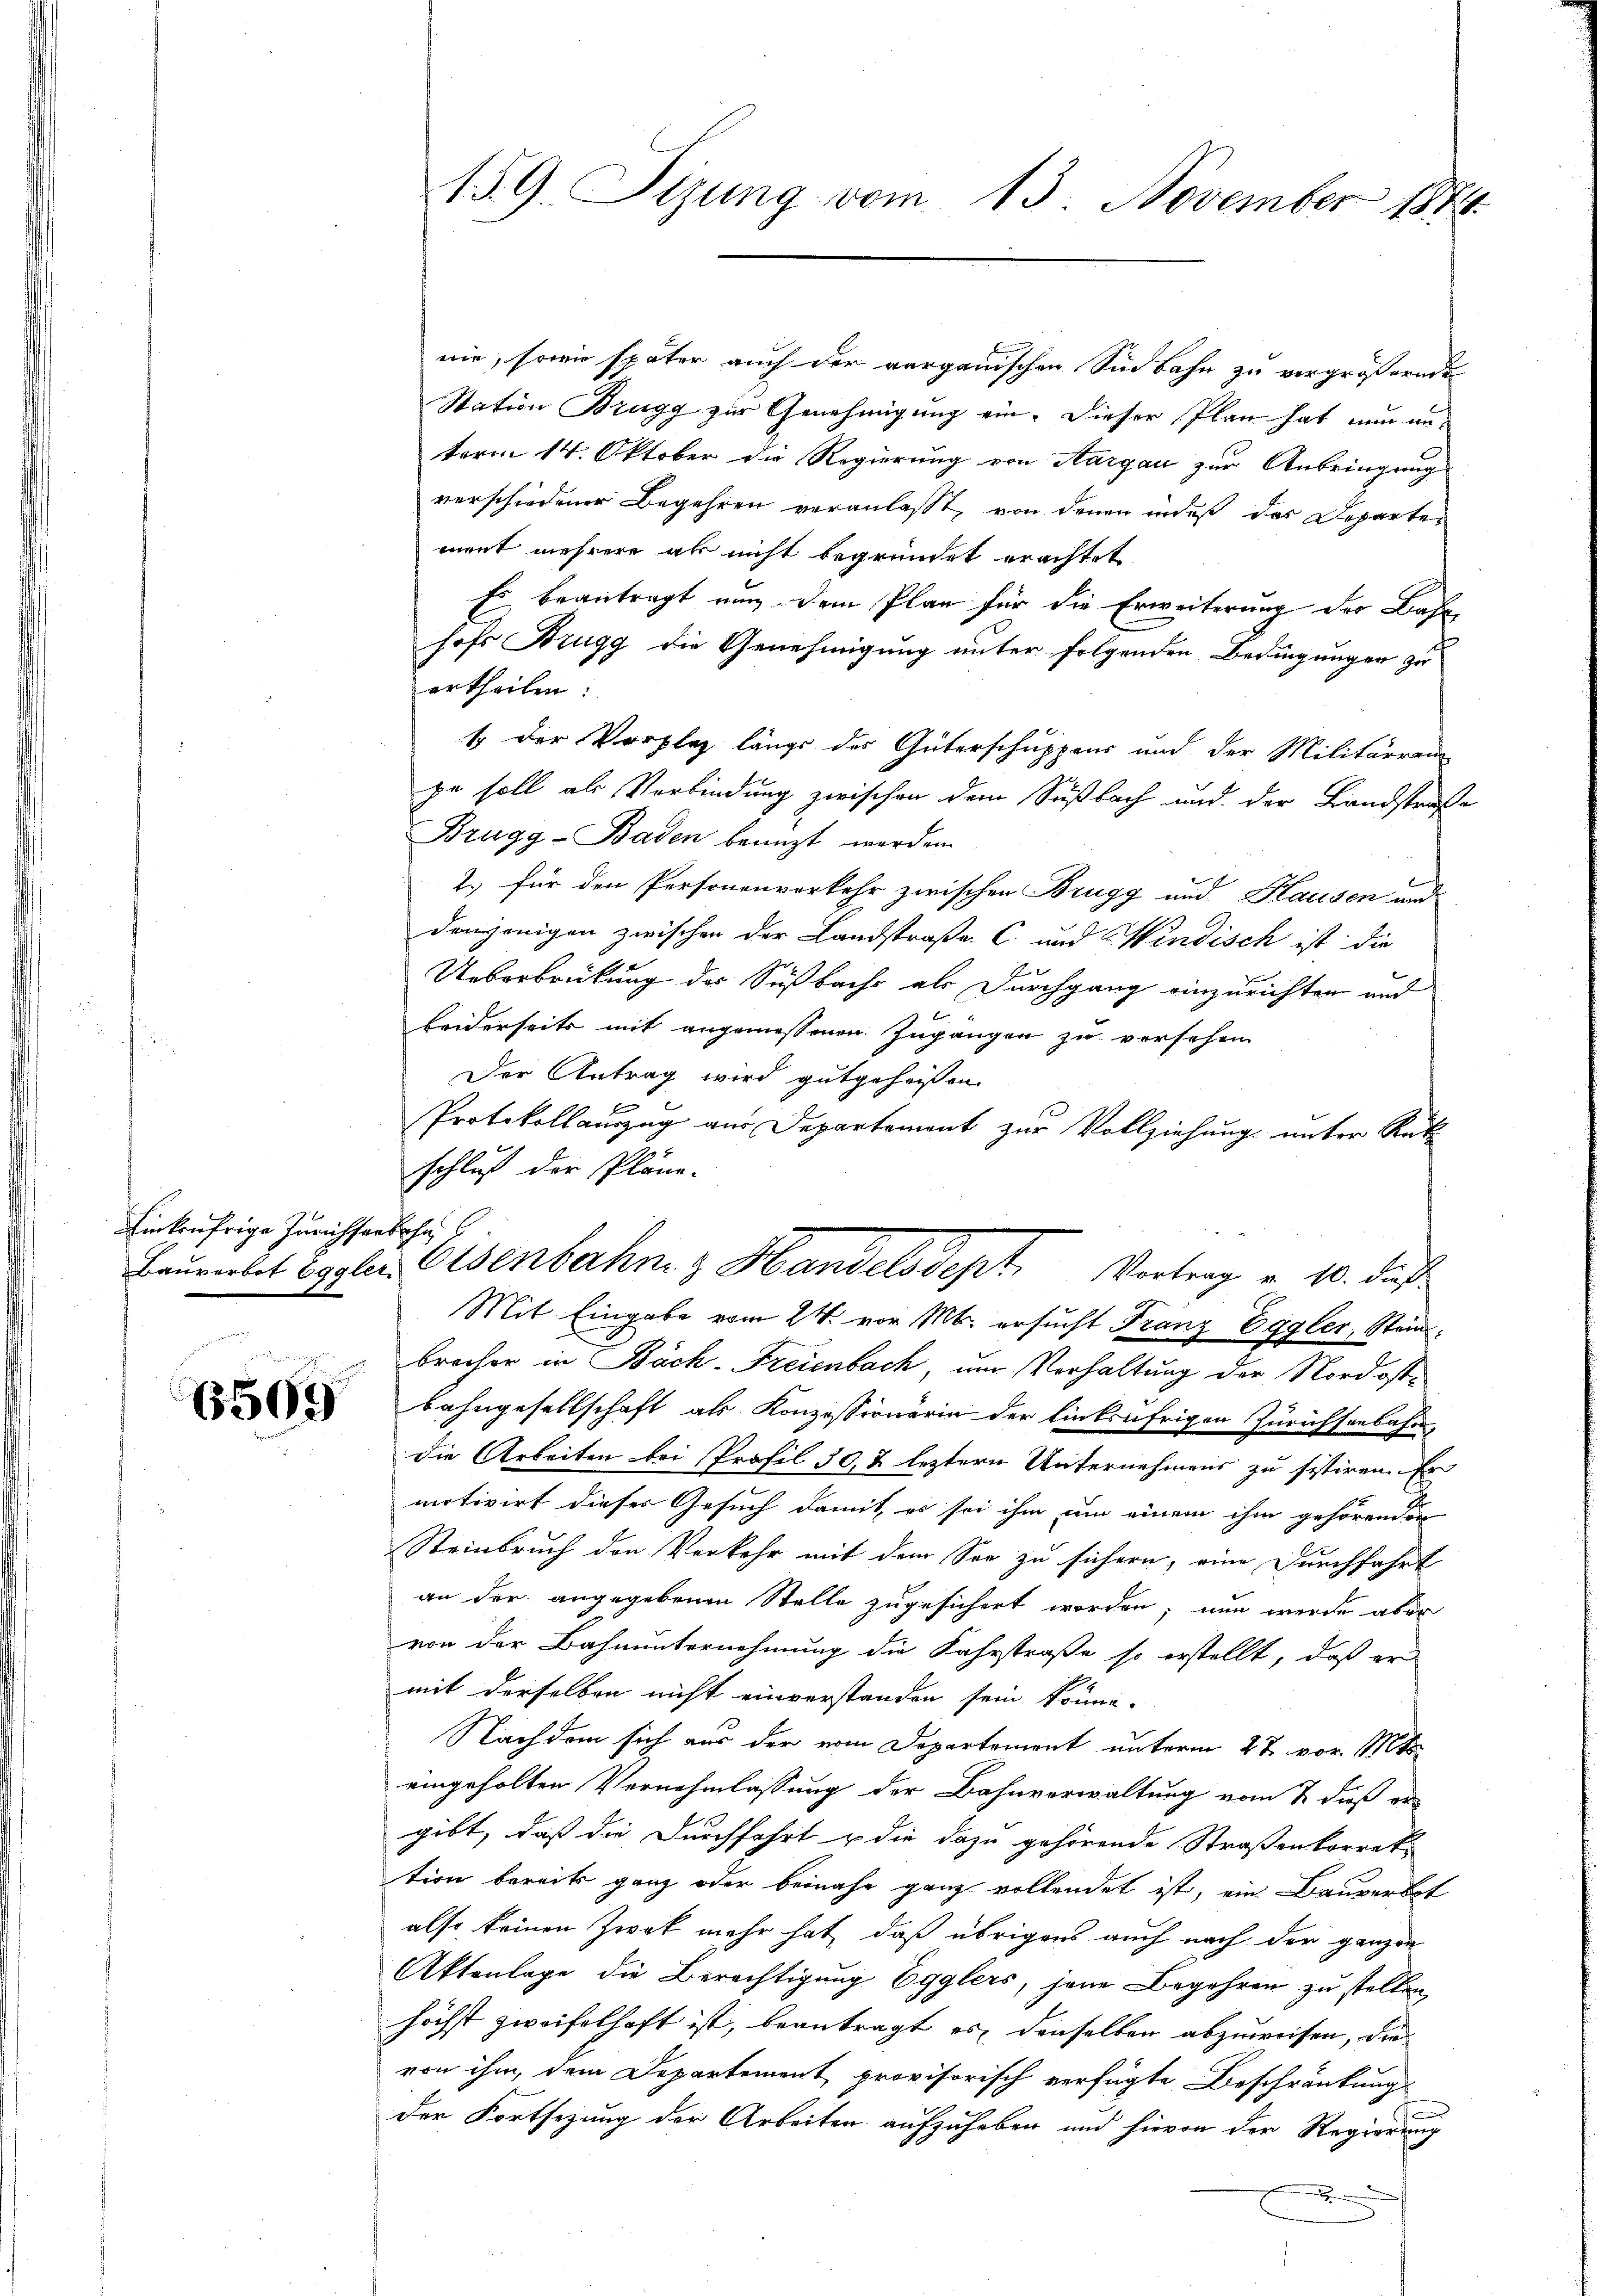
Einkaufrige Zürichsa

6569

nie, sowie später auch der aargauischen Südbahn zu vergrößernde
Station Brugg zur Genehmigung ein. Dieser Plan hat nun unterm 14. Oktober die Regierung von Aargau zur Anbringung
verschiedener Begehren veranlasst, von denen indeß das Departement mehrere als nicht begründet erachtet
Es beantragt nun dem Plan für die Erweiterung des Bahnhofs Brugg die Genehmigung unter folgenden Bedingungen zu
ertheilen:
so der Vorplaz längs des Güterschuppens und der Militärrei
pe soll als Verbindung zwischen dem Sußbach und der Landstrafe
Brugg - Baden benuzt worden.
2.) für den Personenverkehr zwischen Brugg und Hausen und
denjenigen zwischen der Landstraße C. und Windisch ist die
Ueberbrückung der Süßbachs als Durchgang einzurichten und
leiderseits mit angemessenen Zugangen zu versehen
Der Antrag wird gutgeheißen
E
Protokollauszug aus Departement zur Vollziehung unter Rük
schluß der Pläne.
Mit Eingabe vom 24. vor M. ersucht Franz Eggler, Steinbrocher in Bäch-Freienbach, um Verhaltung der Nordost¬
Bahngesellschaft als Konzessionärin der linksufrigen Zürichsenbahn
die Arbeiten bei Profil 30, & leztern Unternehmens zu sistiren. Er
motivirt dieser Gesuch damit, es sei ihm um einem ihm gehörenden
Steinbruch den Verkehr mit dem See zu sichern, eine Durchfahrt
an der angegebenen Stelle zugesichert worden; nun werde aber
von der Bahnunternehmung die Fahrstraße so erstellt, daß er
mit derselben nicht einverstanden sein könne.
Nachdem sich aus der vom Departement unterm 27. vor. Mts.
eingeholten Vernehmlassung der Bahnverwaltung vom 2. dieß er
gibt, daß die Durchfahrt u die dazu gehörende Straßenkorrektion bereits ganz oder beinahe ganz vollendet ist, ein Bauverbot
also keinen Zwek mehr hat, daß übrigens auch nach der ganzen
Aktenlage die Berechtigung Egglers, jene Begehren zu stellen,
höchst zweifelhaft ist, beantragt es denselben abzuweisen, die
von ihm, dem Departement provisorisch verfügte Beschränkung
der Fortsezung der Arbeiten aufzuheben und hievon der Regierung
.

159. Sizung vom 13. November 1884

nthal
Bauvertet Eggler Eisenbahn & Handelsdept. Vortrag u. 10. Fuß